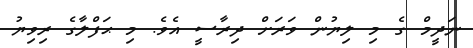
ނަދީމް ގެ މި ލިޔުން ވަރަށް ދިރާސީ އެވެ. މި ޙަފްލާގެ ރިވިޔު